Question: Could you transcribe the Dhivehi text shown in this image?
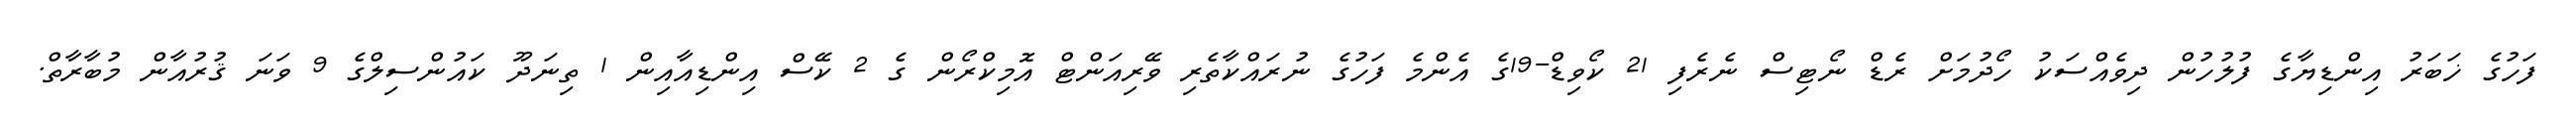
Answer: ފަހުގެ ޚަބަރު އިންޑިޔާގެ ފުލުހުން ދިވެއްސަކު ހޯދުމަށް ރެޑް ނޯޓިސް ނެރެފި 21 ކޯވިޑް-19ގެ އެންމެ ފަހުގެ ނުރައްކާތެރި ވޭރިއަންޓް އޮމިކްރޯން ގެ 2 ކޭސް އިންޑިއާއިން 1 ތިނަދޫ ކައުންސިލްގެ 9 ވަނަ ޤުރުއާން މުބާރާތް.